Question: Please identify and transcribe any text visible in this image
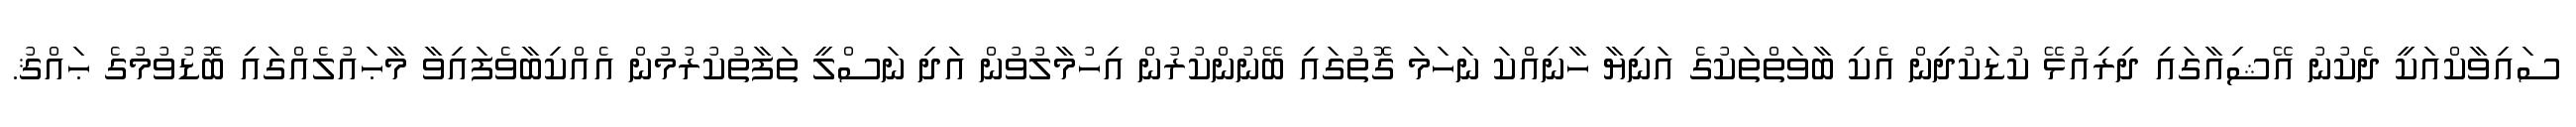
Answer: ސައިވާކްއަކީ ދެކުނު އޭޝިއާގައި ދިރިއުޅޭ ކުޑަކުދިން އެކި ބާވަތްތަކުގެ އަނިޔާ ހާނިއްކަ ނަހަމަ ގޮތުގައި ބޭނުންކުރުން އިހުމާލުވުން އަދި ނަސްލީ ތަފާތުކުރުމުން އެއްކިބާވެފައިވާ މާޙައުލެއްގައި ބޮޑުވުމުގެ ޙައްޤު.